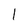
Character: 1